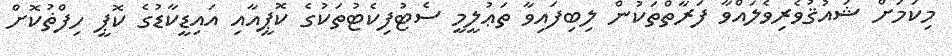
މިކަމަށް ޝައުޤުވެރިވެލައްވާ ފަރާތްތަކުން ލިބިފައިވާ ތަޢުލީމީ ސެޓުފިކެޓުތަކުގެ ކޮޕީއާއި އައިޑީކާޑުގެ ކޮޕީ ހިފްޡުކޮށް